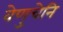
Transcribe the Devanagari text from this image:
वेणुचेनि